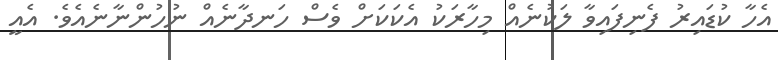
އެހާ ކުޑައިރު ފެނިފައިވާ ލަކުނެއް މިހާރަކު އެކަކަށް ވެސް ހަނދާނެއް ނުހުންނާނެއެވެ. އެއީ